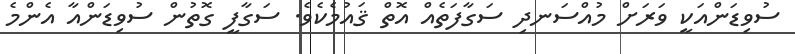
ސުވިޑަންއަކީ ވަރަށް މުއްސަނދި ސަގާފަތެއް އޮތް ޤައުމެކެވެ. ސަގާފީ ގޮތުން ސުވިޑަންއާ އެންމެ